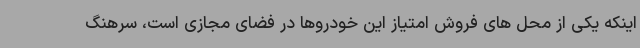
اینکه یکی از محل های فروش امتیاز این خودروها در فضای مجازی است، سرهنگ